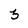
Character: 3